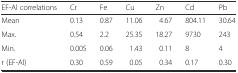
| EF-Al correlations | Cr | Fe | Cu | Zn | Cd | Pb |
 | --- | --- | --- | --- | --- | --- | --- |
 | Mean | 0.13 | 0.87 | 11.06 | 4.67 | 804.11 | 30.64 |
 | Max. | 0.54 | 2.2 | 25.35 | 18.27 | 9730 | 243 |
 | Min. | 0.005 | 0.06 | 1.43 | 0.11 | 8 | 4 |
 | r (EF-Al) | 0.30 | 0.59 | 0.05 | 0.34 | 0.17 | 0.30 |